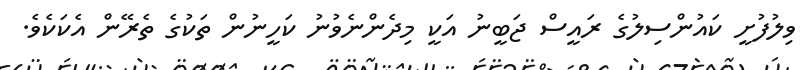
ވިލުފުށީ ކައުންސިލުގެ ރައީސް ޖަބީނު އަކީ މިދެންނެވުނު ކަހީނުން ތަކުގެ ތެރޭން އެކަކެވެ.